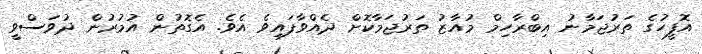
އޮފީހުގެ ތަރުޖަމާނު އިބްރާހިމް މުއާޒު ތަރުޖަމާކޮށް ދެއްވާފައިވެ އެވެ. އެގޮތުން އުމުރުން ދުވަސްވީ